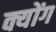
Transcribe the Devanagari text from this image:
क्योंग